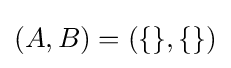
(A,B)=(\{\},\{\})